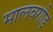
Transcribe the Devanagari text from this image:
मालवगौड़